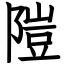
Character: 隑